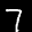
Label: 7